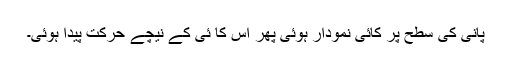
پانی کی سطح پر کائی نمودار ہوئی پھر اس کا ئی کے نیچے حرکت پیدا ہوئی۔